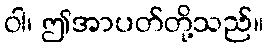
ဝါ၊ ဤအာပတ်တို့သည်။